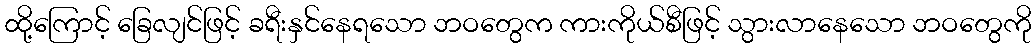
ထို့ကြောင့် ခြေလျင်ဖြင့် ခရီးနှင်နေရသော ဘဝတွေက ကားကိုယ်စီဖြင့် သွားလာနေသော ဘဝတွေကို